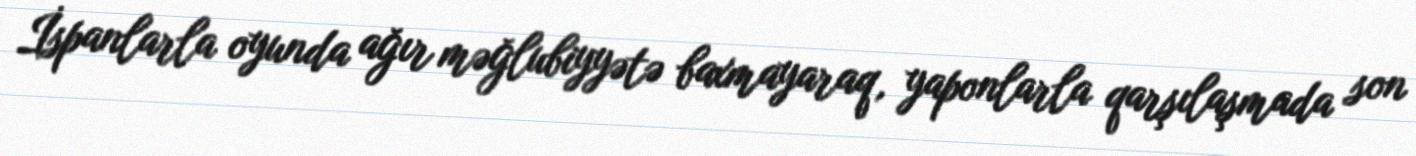
İspanlarla oyunda ağır məğlubiyyətə baxmayaraq, yaponlarla qarşılaşmada son